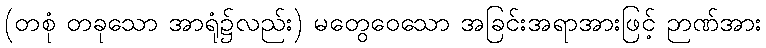
(တစုံ တခုသော အာရုံ၌လည်း) မတွေဝေသော အခြင်းအရာအားဖြင့် ဉာဏ်အား